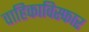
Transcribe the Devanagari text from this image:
वाहिकाविस्फार